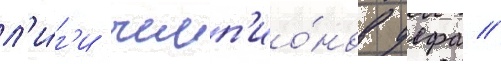
л'и́г'и чемп'ио́нов уефа //